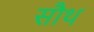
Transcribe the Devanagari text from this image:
सौथ